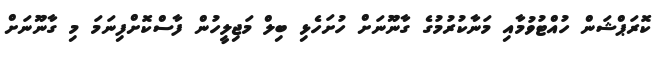
ކޮރަޕްޝަން ހުއްޓުވުމާއި މަނާކުރުމުގެ ގާނޫނަށް ހުށަހެޅި ބިލް މަޖިލީހުން ފާސްކޮށްފިނަމަ މި ގާނޫނަށް